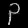
Digit: ၃